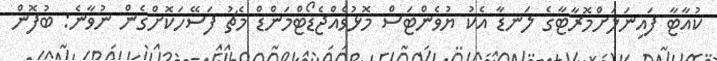
ކުއާޓާ ފައިނަލަށްމޮރާޓާގެ ލަނޑާ އެކު ޔުވެންޓަސް މޮޅުވެއްޖެޑޯޓްމަންޑް މެޗު ފަސޭހަކޮށްގެން ނުވާނެ: ބުފޮން